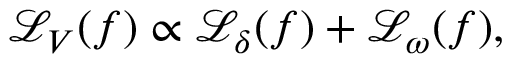
\begin{array} { r } { \mathcal { L } _ { V } ( f ) \propto \mathcal { L } _ { \delta } ( f ) + \mathcal { L } _ { \omega } ( f ) , } \end{array}